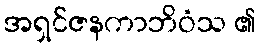
အရှင်ဇနကာဘိဝံသ ၏